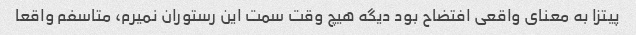
پیتزا به معنای واقعی افتضاح بود دیگه هیچ وقت سمت این رستوران نمیرم، متاسفم واقعا